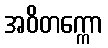
အဝိတက္ကော